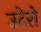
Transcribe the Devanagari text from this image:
उटेरो